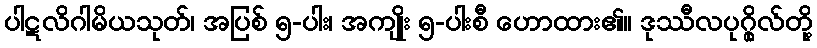
ပါဋလိဂါမိယသုတ်၊ အပြစ် ၅-ပါး၊ အကျိုး ၅-ပါးစီ ဟောထား၏။ ဒုဿီလပုဂ္ဂိုလ်တို့